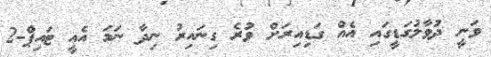
ވަނީ ދުވާލުގަޑީގައި އެއް ގަޑިއިރަށް ވުރެ ގިނައިރު ނިދާ ނަމަ އެއީ ޓައިޕް-2